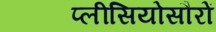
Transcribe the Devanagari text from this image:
प्लीसियोसौरों